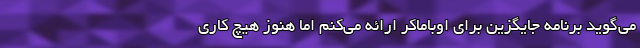
می‌گوید برنامه جایگزین برای اوباماکر ارائه می‌کنم اما هنوز هیچ کاری